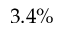
3 . 4 \%